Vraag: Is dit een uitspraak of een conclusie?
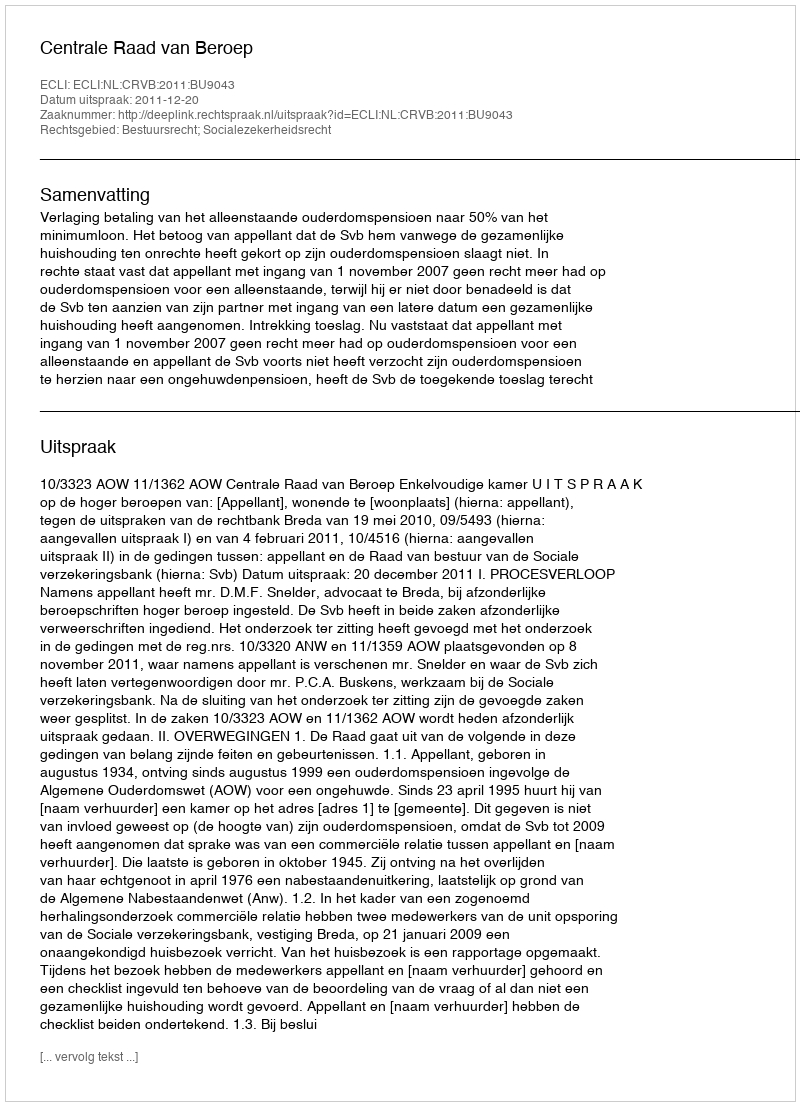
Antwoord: Uitspraak